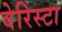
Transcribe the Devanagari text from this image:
वेरिस्टा